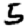
Digit: 5